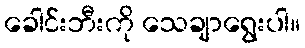
ခေါင်းဘီးကို သေချာရွေးပါ။